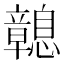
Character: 𢥔